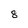
Character: 8